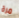
مرة